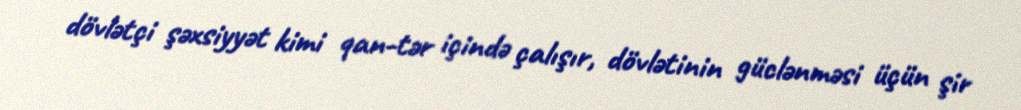
dövlətçi şəxsiyyət kimi qan-tər içində çalışır, dövlətinin güclənməsi üçün şir